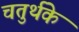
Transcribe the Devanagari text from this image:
चतुर्थके